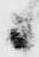
候